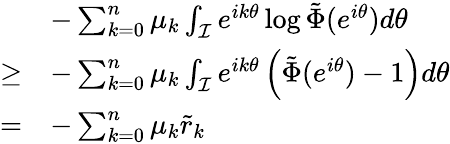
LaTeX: \begin{array}{rl}&{-\sum_{k=0}^{n}\mu_{k}\int_{\mathcal{I}}e^{ik\theta}\log\tilde{\Phi}(e^{i\theta})d\theta}\\ {\geq}&{-\sum_{k=0}^{n}\mu_{k}\int_{\mathcal{I}}e^{ik\theta}\left(\tilde{\Phi}(e^{i\theta})-1\right)d\theta}\\ {=}&{-\sum_{k=0}^{n}\mu_{k}\tilde{r}_{k}}\end{array}